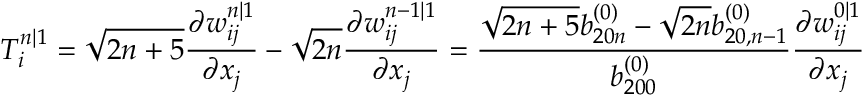
T _ { i } ^ { n | 1 } = \sqrt { 2 n + 5 } \frac { \partial w _ { i j } ^ { n | 1 } } { \partial x _ { j } } - \sqrt { 2 n } \frac { \partial w _ { i j } ^ { n - 1 | 1 } } { \partial x _ { j } } = \frac { \sqrt { 2 n + 5 } b _ { 2 0 n } ^ { ( 0 ) } - \sqrt { 2 n } b _ { 2 0 , n - 1 } ^ { ( 0 ) } } { b _ { 2 0 0 } ^ { ( 0 ) } } \frac { \partial w _ { i j } ^ { 0 | 1 } } { \partial x _ { j } }